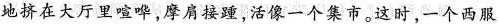
地挤在大厅里喧哗，摩肩接踵活像一个集市。这时，一个西服